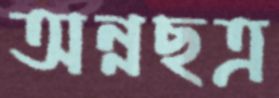
অন্নছত্র